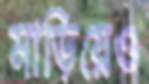
মাড়িয়েও